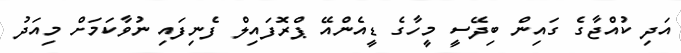
އަދި ކުއްޖާގެ ގައިން ބިދޭސީ މީހާގެ ޑީއެންއޭ ޕްރޮފައިލް ފެނިފައި ނުވާކަމަށް މިއަދު